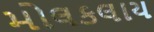
મોલકલાય